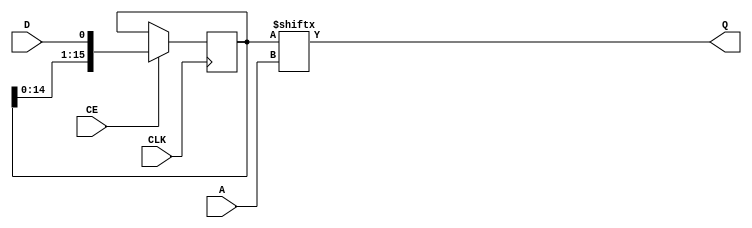
// Generic SRL 16 for use with V4/V5/?V6

module gensrl (
	input CLK,
	input D,
	input CE,
	input [3:0] A,
	output Q
);

reg [15:0] data;
assign Q = data[A];

always @(posedge CLK)
begin
	if (CE == 1'b1)
		data <= {data[14:0], D};
end

endmodule